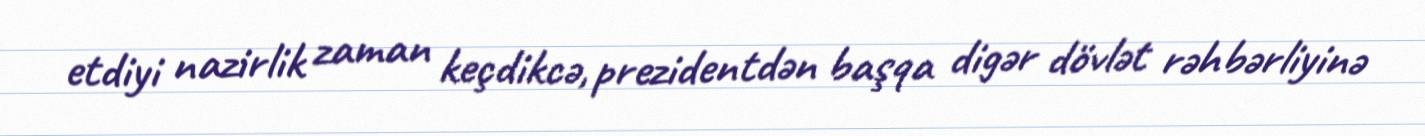
etdiyi nazirlik zaman keçdikcə, prezidentdən başqa digər dövlət rəhbərliyinə